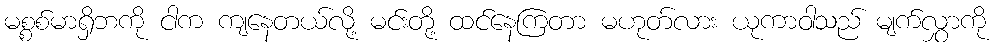
မစ္စစ်မာရှိဘကို ငါက ကျနေတယ်လို့ မင်းတို့ ထင်နေကြတာ မဟုတ်လား ယုကာဝါသည် မျက်လွှာကို